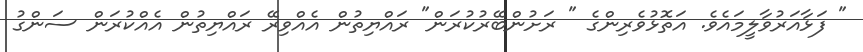
" ފަޅާއަރުވާލީމައެވެ. އަތޮޅުވެރިންގެ " ރަށުންބޭރުކުރަން" ރައްޔިތުން އެއްވިރޭ ރައްޔިތުން އެއްކުރަން ސަންގު